Indian journal of veterinary science and animal husbandry - Volume 5,
Year: 1935
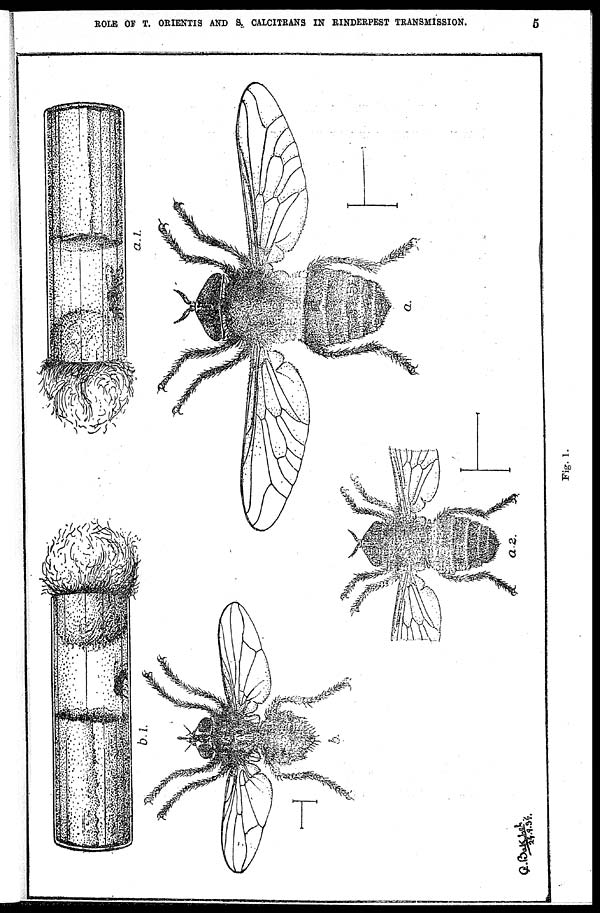
ROLE OF T. ORIENTIS AND S. CALCITEANS IN RINDERPEST TRANSMISSION.
5
Fig. 1.